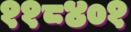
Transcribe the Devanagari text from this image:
११८४०१